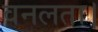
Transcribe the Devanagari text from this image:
वनलता।